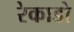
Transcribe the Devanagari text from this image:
रेकाडो